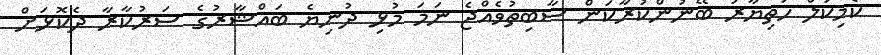
ކެމިކަލް ހަތިޔާރު ބޭނުންކުރާކަން ސާބިތުވެއްޖެ ނަމަ މުޅި ދުނިޔެ ބައްޝާރުގެ ސަރުކާރާ ދެކޮޅަށް